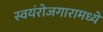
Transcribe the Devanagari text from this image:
स्वयंरोजगारामध्ये